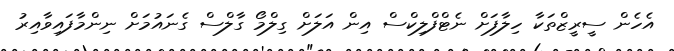
އެހެން ސީރީޒްތަކާ ހިލާފަށް ނެޓްފްލިކްސް އިން އަލަށް ގިލްމޯ ގާލްސް ގެނައުމަށް ނިންމާފައިވާއިރު